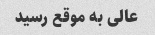
عالی به موقع رسید